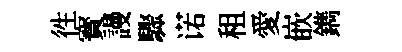
徃寳謾驟诺租愛嵌鐫